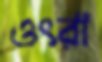
ওৎরা